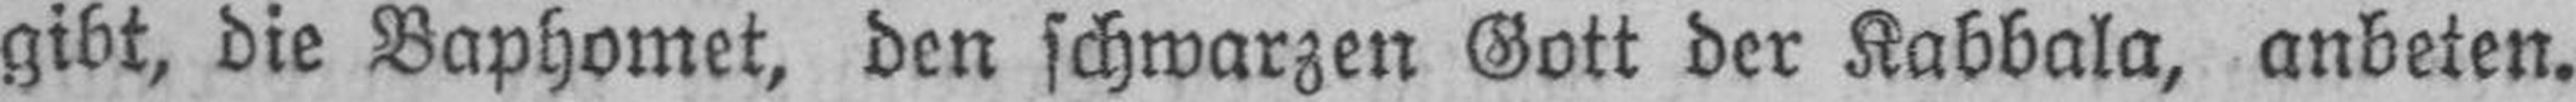
gibt, die Baphomet, den schwarzen Gott der Kabbala, anbeten.